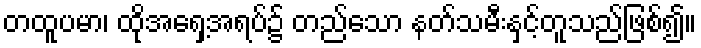
တထူပမာ၊ ထိုအရှေ့အရပ်၌ တည်သော နတ်သမီးနှင့်တူသည်ဖြစ်၍။